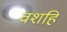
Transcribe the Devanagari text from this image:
वशहि